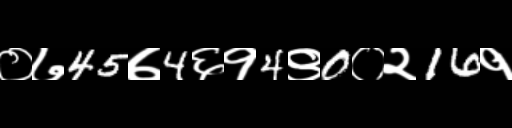
Text: ०७45७4६१4९0०२16१